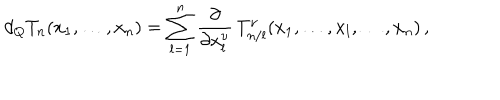
d _ { Q } T _ { n } ( x _ { 1 } , \ldots , x _ { n } ) = \sum _ { l = 1 } ^ { n } \frac { \partial } { \partial x _ { l } ^ { \nu } } \, T _ { n / l } ^ { \nu } ( x _ { 1 } , \ldots , x _ { l } , \ldots , x _ { n } ) \, ,